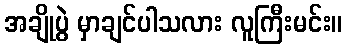
အချိုပွဲ မှာချင်ပါသလား လူကြီးမင်း။